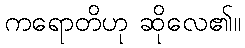
ကရောတိဟု ဆိုလေ၏။